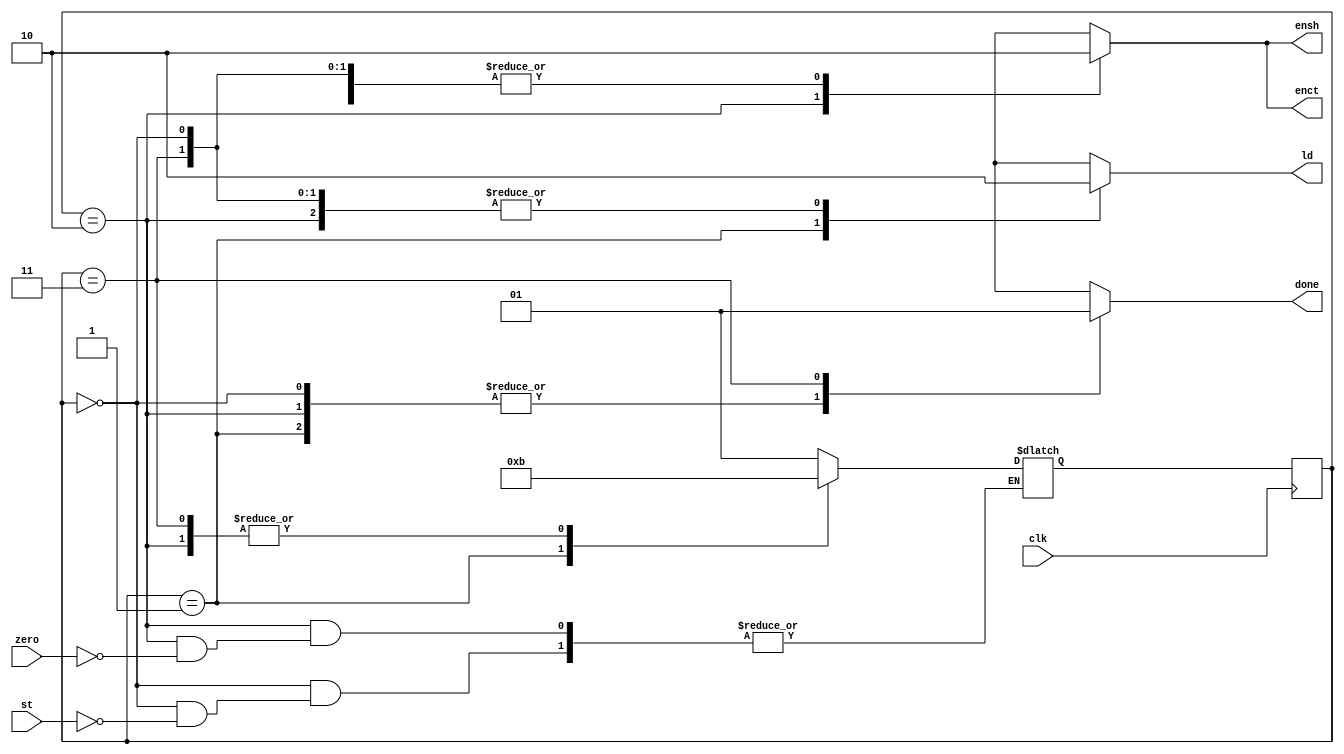
`timescale 1ns / 1ps
//////////////////////////////////////////////////////////////////////////////////
// Company: 
// Engineer: 
// 
// Design Name: 
// Module Name: SACATEST
// Project Name: 
// Target Devices: 
// Tool Versions: 
// Description: 
// 
// Dependencies: 
// 
// Revision:
// Revision 0.01 - File Created
// Additional Comments:
// 
//////////////////////////////////////////////////////////////////////////////////


module SACATEST(output reg ld,ensh,enct,done, input st,clk, zero);
reg [1:0] state,next_state;
parameter s0 = 2'b00, s1= 2'b01, s2 = 2'b10, s3 =2'b11;
always @(posedge clk)
    state<=next_state;
always @(state,st,zero)
begin
    case (state)
    s0 : begin ld=0; ensh=0; enct=0; done=0; if(st) next_state=s1; end 
    s1 : begin ld=1; ensh=0; enct=0; done=0; next_state=s2; end
    s2 : begin ld=0;ensh=1;enct=1;done=0; if(zero) next_state=s3; end 
    s3 : begin ld=0; ensh=0; enct=0; done=1; next_state=s3; end
    default : next_state=s0;
    endcase
end
endmodule